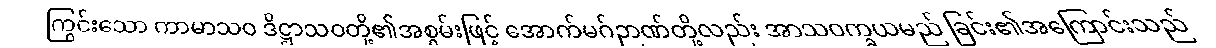
ကြွင်းသော ကာမာသဝ ဒိဋ္ဌာသဝတို့၏အစွမ်းဖြင့် အောက်မဂ်ဉာဏ်တို့လည်း အာသဝက္ခယမည် ခြင်း၏အကြောင်းသည်